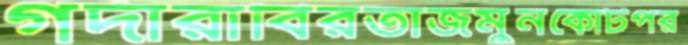
গর্দারাবিরতাজমুনকোটপর